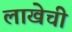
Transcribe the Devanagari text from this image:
लाखेची